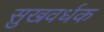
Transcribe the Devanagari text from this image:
सुखवर्धक